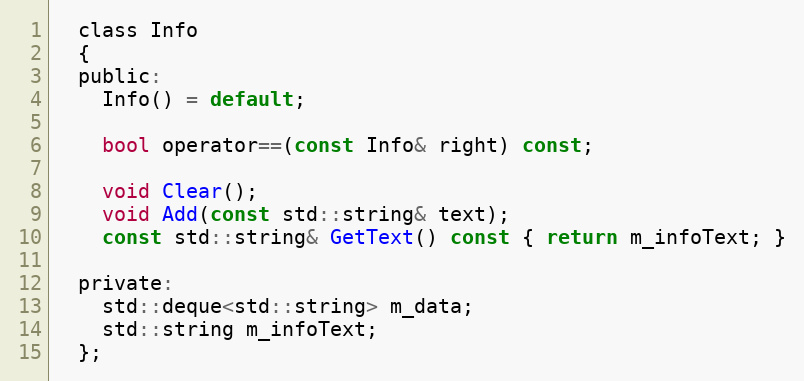
Language: C
  class Info
  {
  public:
    Info() = default;

    bool operator==(const Info& right) const;

    void Clear();
    void Add(const std::string& text);
    const std::string& GetText() const { return m_infoText; }

  private:
    std::deque<std::string> m_data;
    std::string m_infoText;
  };